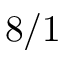
8 / 1